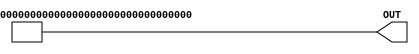
module score_text (
    output [209:0] OUT
	);

	// pixel information to display the word score
	assign OUT[34:0] 		= 35'b01111100011111001111000111100011100;
	assign OUT[69:35] 	= 35'b00000100100001010000100100010000010;
	assign OUT[104:70] 	= 35'b00011100011111010000100000010001100;
	assign OUT[139:105] 	= 35'b00000100001001010000100000010010000;
	assign OUT[174:140] 	= 35'b00000100010001010000100100010010000;
	assign OUT[209:175] 	= 35'b01111100100001001111000111100001110;

endmodule

module highscore_text(
	output [489:0] OUT
	);
	
	// pixel information to display the word high
	assign OUT[34:0]		= 35'b00000100010001111001111100100010000;
	assign OUT[69:35]		= 35'b00000100010001001000010000100010000;
	assign OUT[104:70]	= 35'b00000100010000001000010000111110000;
	assign OUT[139:105]	= 35'b00000111110011101000010000100010000;
	assign OUT[174:140]	= 35'b00000100010001001000010000100010000;
	assign OUT[209:175]	= 35'b00000100010001111001111100100010000;
	
	//space in between the words
	assign OUT[244:210] 	= 35'b0;
	assign OUT[279:245] 	= 35'b0;
	
	// pixel information to display the word score
	assign OUT[314:280] 	= 35'b01111100011111001111000111100011100;
	assign OUT[349:315] 	= 35'b00000100100001010000100100010000010;
	assign OUT[384:350] 	= 35'b00011100011111010000100000010001100;
	assign OUT[419:385] 	= 35'b00000100001001010000100000010010000;
	assign OUT[454:420] 	= 35'b00000100010001010000100100010010000;
	assign OUT[489:455] 	= 35'b01111100100001001111000111100001110;
	
endmodule